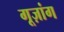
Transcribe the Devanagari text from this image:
गूज़ांग